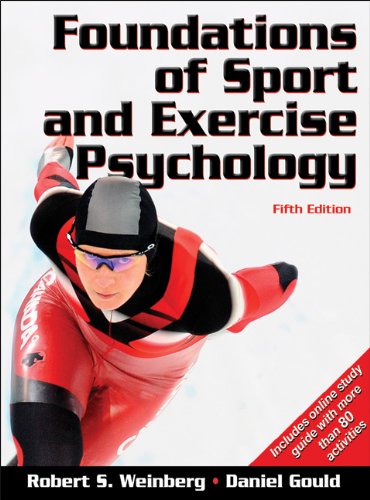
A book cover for Foundations of Sport and Exercise Psychology With Web Study Guide-5th Edition; Robert Weinberg; Medical Books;